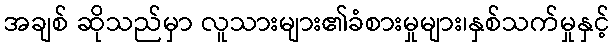
အချစ် ဆိုသည်မှာ လူသားများ၏ခံစားမှုများ၊နှစ်သက်မှုနှင့်